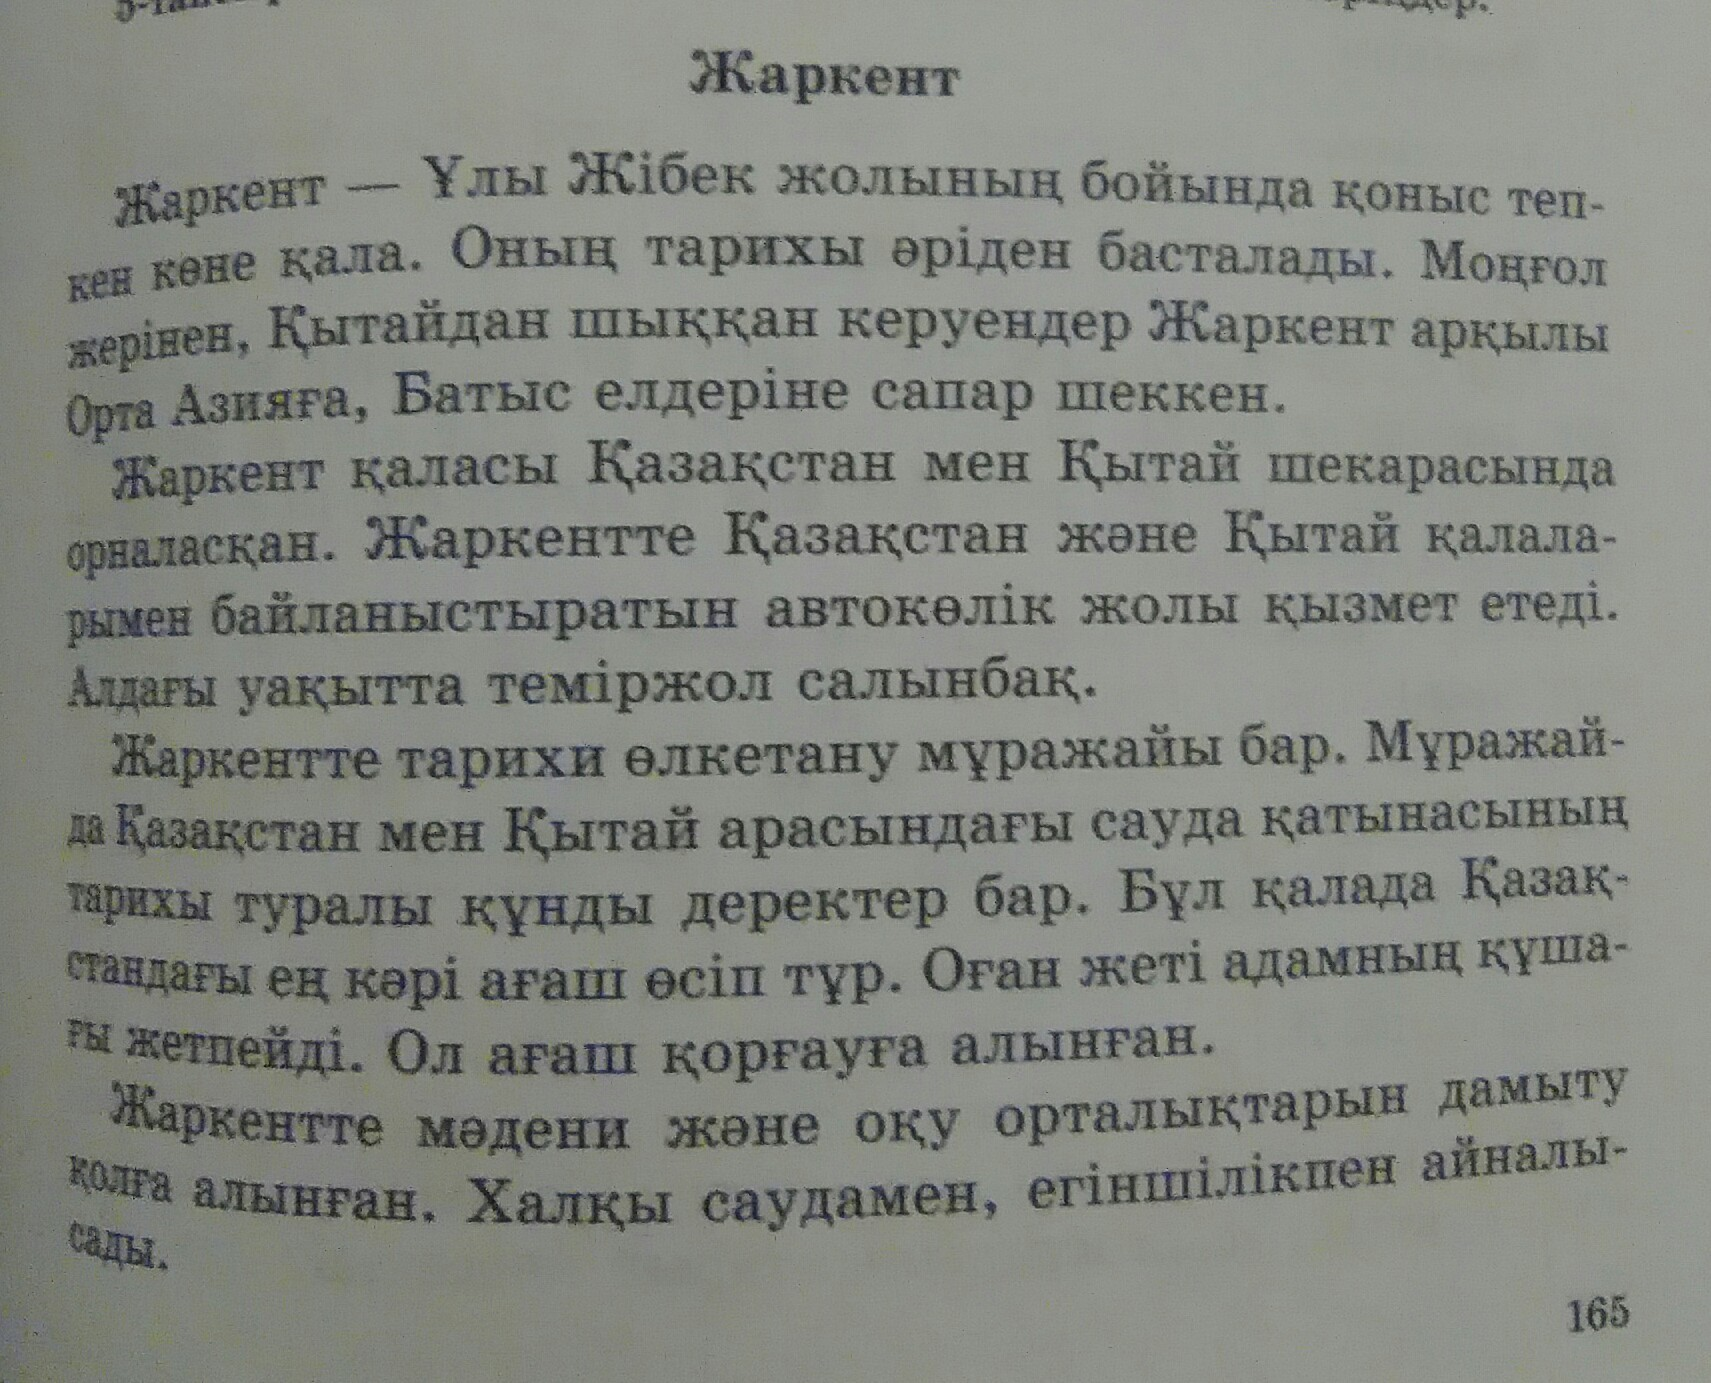
Language: kk